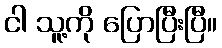
ငါ သူ့ကို ပြောပြီးပြီ။